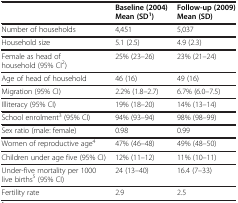
|  | Baseline (2004) | Follow-up (2009) |
 | --- | --- | --- |
 |  | Mean (SD1) | Mean (SD) |
 | Number of households | 4,451 | 5,037 |
 | Household size | 5.1 (2.5) | 4.9 (2.3) |
 | Female as head of household (95% CI2) | 25% (23–26) | 23% (21–24) |
 | Age of head of household | 46 (16) | 49 (16) |
 | Migration (95% CI) | 2.2% (1.8–2.7) | 6.7% (6.0–7.5) |
 | Illiteracy (95% CI) | 19% (18–20) | 14% (13–14) |
 | School enrolment3 (95% CI) | 94% (93–94) | 98% (98–99) |
 | Sex ratio (male: female) | 0.98 | 0.99 |
 | Women of reproductive age4 | 47% (46–48) | 49% (48–50) |
 | Children under age five (95% CI) | 12% (11–12) | 11% (10–11) |
 | Under-five mortality per 1000 live births5 (95% CI) | 24 (13–40) | 16.4 (7–33) |
 | Fertility rate | 2.9 | 2.5 |